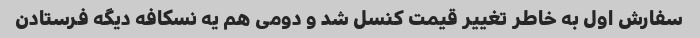
سفارش اول به خاطر تغییر قیمت کنسل شد و دومی هم یه نسکافه دیگه فرستادن